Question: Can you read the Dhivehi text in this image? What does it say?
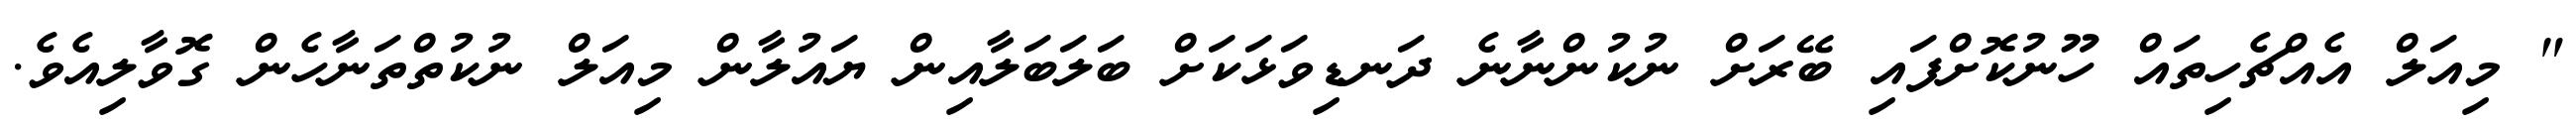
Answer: " މިއަލް އެއްޗެހިތައް ހޫނުކޮށްފައި ބޭރަށް ނުކުންނާނެ ދަނޑިވަޅަކަށް ބަލަބަލާއިން ޔައުލާން މިއަލް ނުކުތްތަނާހެން ގޮވާލިއެވެ.